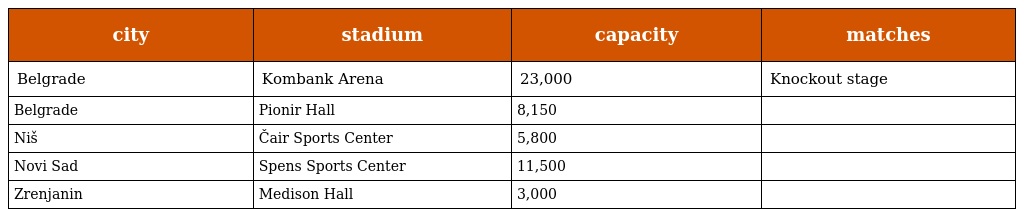
| city | stadium | capacity | matches |
 | --- | --- | --- | --- |
 | Belgrade | Kombank Arena | 23,000 | Knockout stage |
 | Belgrade | Pionir Hall | 8,150 |  |
 | Niš | Čair Sports Center | 5,800 |  |
 | Novi Sad | Spens Sports Center | 11,500 |  |
 | Zrenjanin | Medison Hall | 3,000 |  |